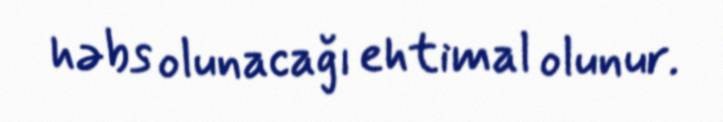
həbs olunacağı ehtimal olunur.